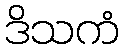
ဒိသကံ